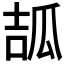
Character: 𤫶